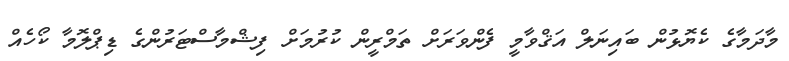
މާދަމާގެ ކެޔޮޅުން ބައިނަލް އަޤްވާމީ ފެންވަރަށް ތަމްރީން ކުރުމަށް ފިޝްމާސްޓަރުންގެ ޑިޕްލޮމާ ކޯހެއް